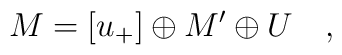
M=\left[ u_{+}\right] \oplus M^{\prime }\oplus U\quad ,